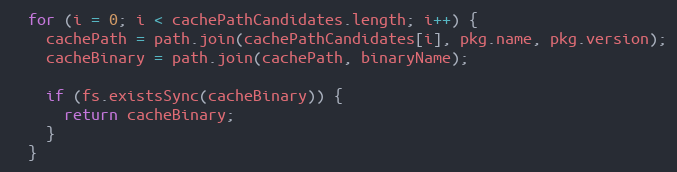
Language: JavaScript
  for (i = 0; i < cachePathCandidates.length; i++) {
    cachePath = path.join(cachePathCandidates[i], pkg.name, pkg.version);
    cacheBinary = path.join(cachePath, binaryName);

    if (fs.existsSync(cacheBinary)) {
      return cacheBinary;
    }
  }